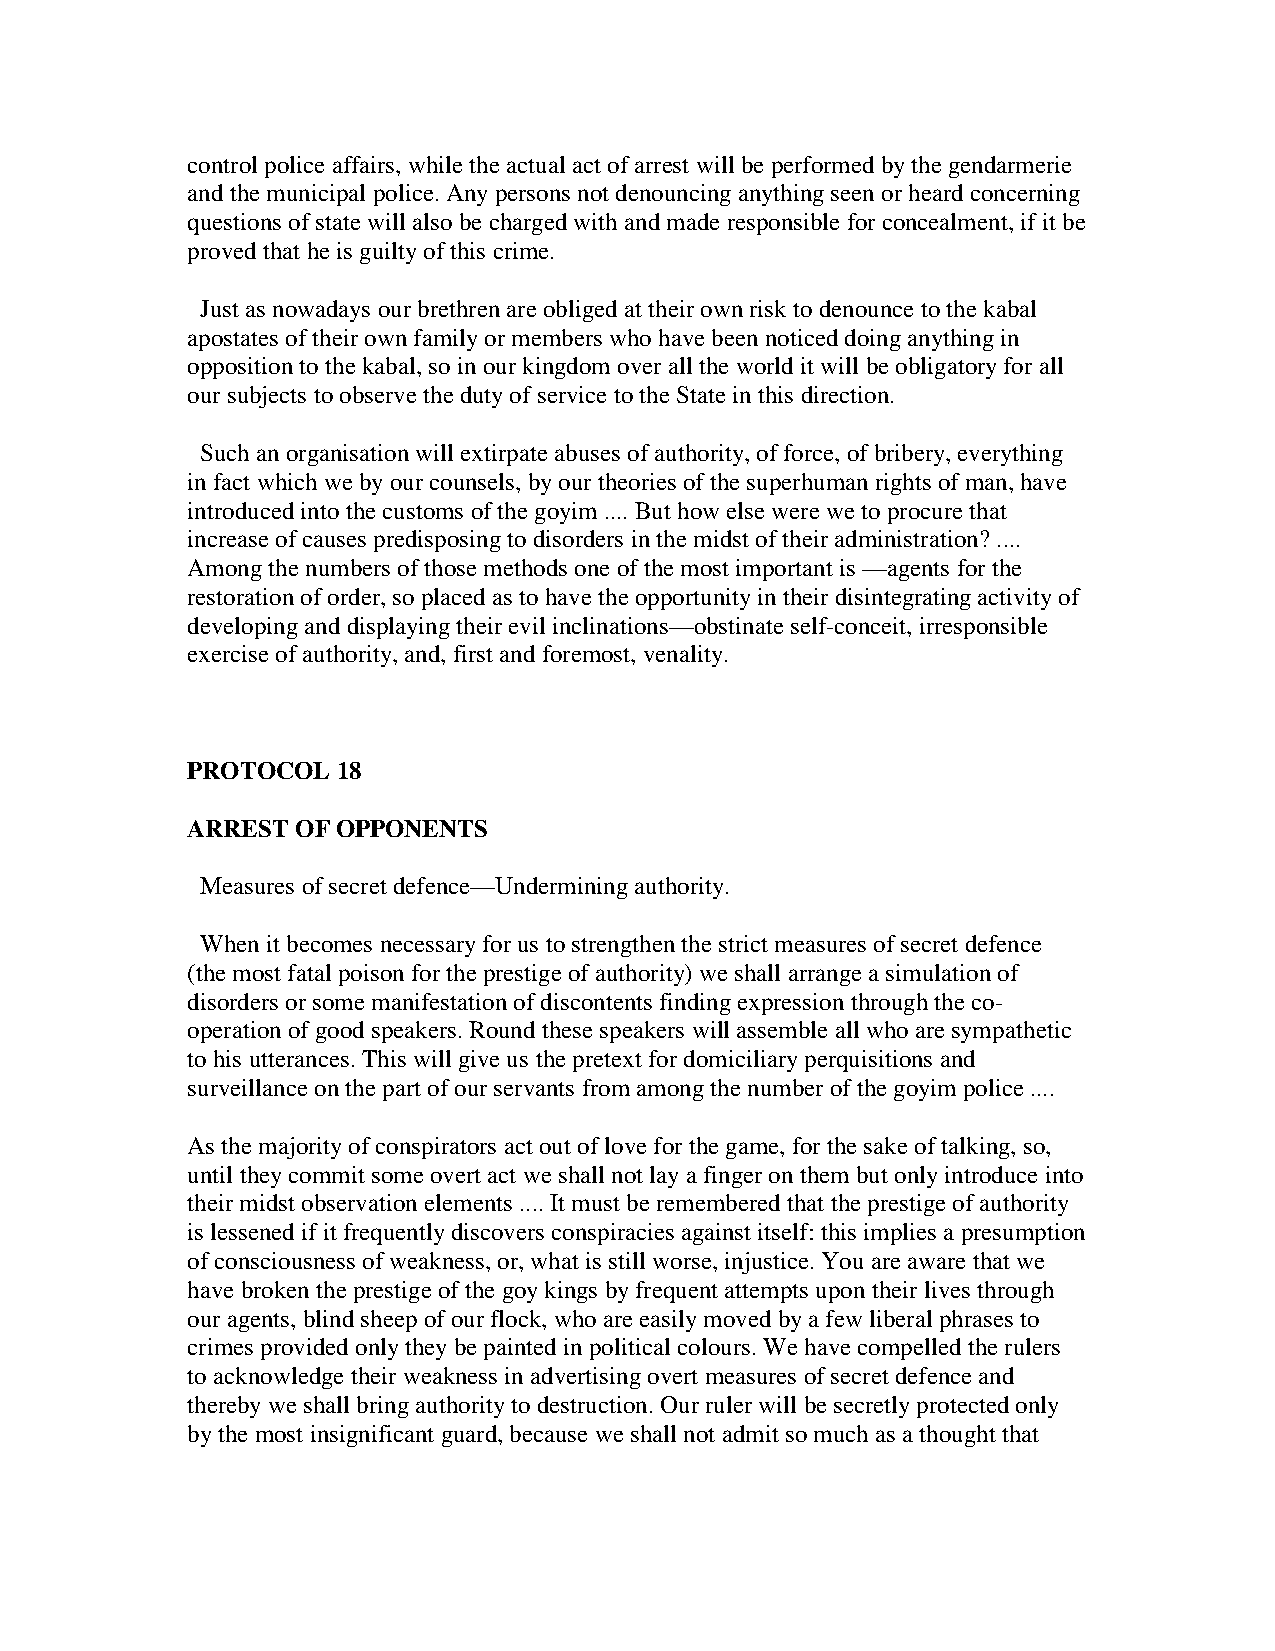
control police affairs, while the actual act of arrest will be performed by the gendarmerie
 and the municipal police. Any persons not denouncing anything seen or heard concerning
 questions of state will also be charged with and made responsible for concealment, if it be
 proved that he is guilty of this crime.
 Just as nowadays our brethren are obliged at their own risk to denounce to the kabal
 apostates of their own family or members who have been noticed doing anything in
 opposition to the kabal, so in our kingdom over all the world it will be obligatory for all
 our subjects to observe the duty of service to the State in this direction.
 Such an organisation will extirpate abuses of authority, of force, of bribery, everything
 in fact which we by our counsels, by our theories of the superhuman rights of man, have
 introduced into the customs of the goyim .... But how else were we to procure that
 increase of causes predisposing to disorders in the midst of their administration? ....
 Among the numbers of those methods one of the most important is —agents for the
 restoration of order, so placed as to have the opportunity in their disintegrating activity of
 developing and displaying their evil inclinations—obstinate self-conceit, irresponsible
 exercise of authority, and, first and foremost, venality.
 PROTOCOL  18
 ARREST  OF OPPONENTS
 Measures of secret defence—Undermining authority.
 When it becomes necessary for us to strengthen the strict measures of secret defence
 (the most fatal poison for the prestige of authority) we shall arrange a simulation of
 disorders or some manifestation of discontents finding expression through the co-
 operation of good speakers. Round these speakers will assemble all who are sympathetic
 to his utterances. This will give us the pretext for domiciliary perquisitions and
 surveillance on the part of our servants from among the number of the goyim police ....
 As the majority of conspirators act out of love for the game, for the sake of talking, so,
 until they commit some overt act we shall not lay a finger on them but only introduce into
 their midst observation elements .... It must be remembered that the prestige of authority
 is lessened if it frequently discovers conspiracies against itself: this implies a presumption
 of consciousness of weakness, or, what is still worse, injustice. You are aware that we
 have broken the prestige of the goy kings by frequent attempts upon their lives through
 our agents, blind sheep of our flock, who are easily moved by a few liberal phrases to
 crimes provided only they be painted in political colours. We have compelled the rulers
 to acknowledge their weakness in advertising overt measures of secret defence and
 thereby we shall bring authority to destruction. Our ruler will be secretly protected only
 by the most insignificant guard, because we shall not admit so much as a thought that